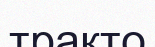
тракто